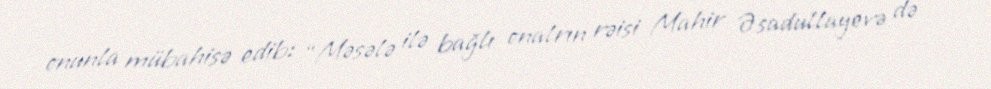
onunla mübahisə edib: “Məsələ ilə bağlı onalrın rəisi Mahir Əsadullayevə də